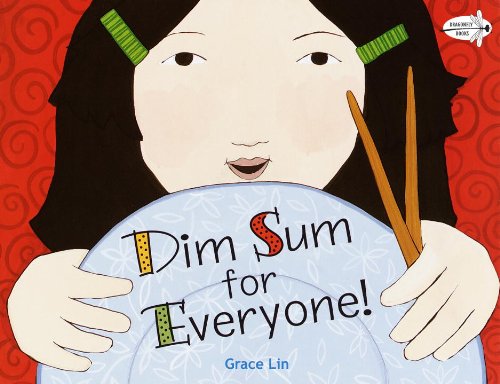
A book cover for Dim Sum for Everyone!; Grace Lin; Children's Books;